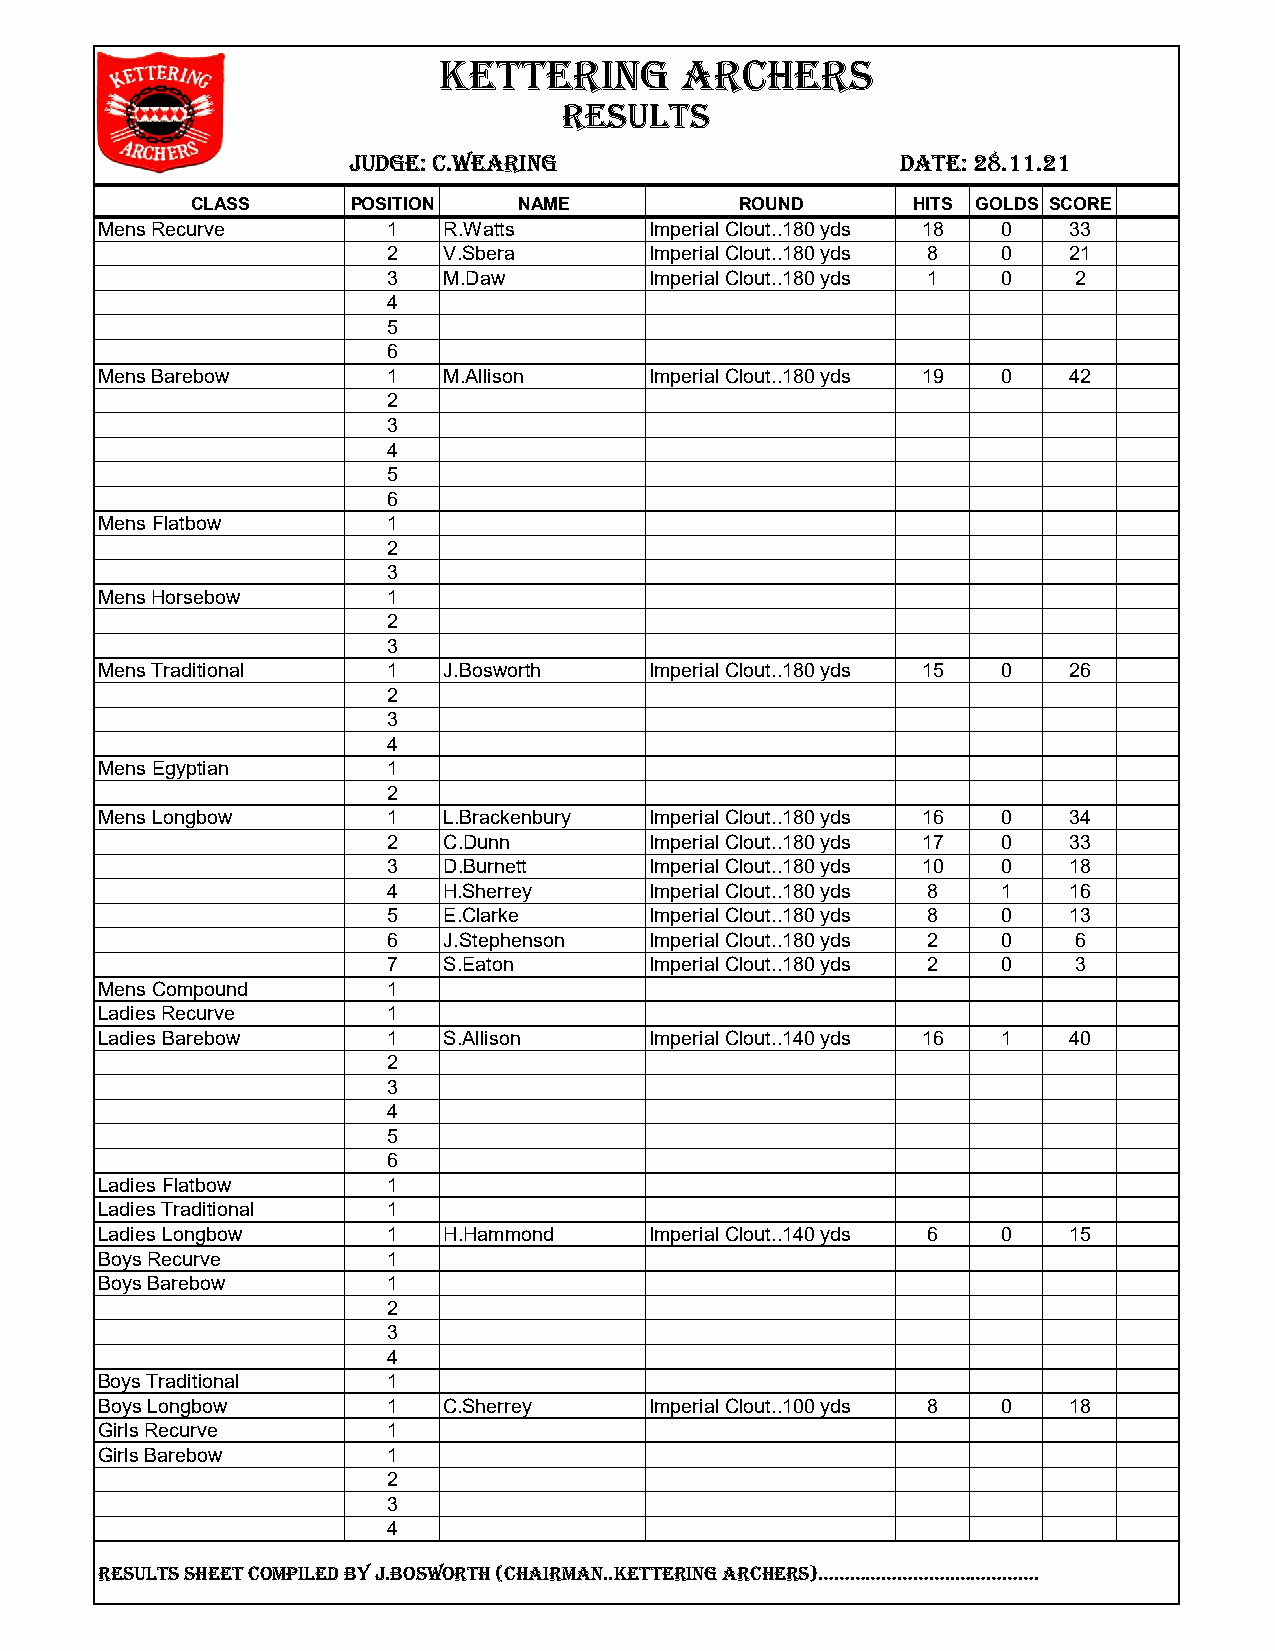
KETTERING       ARCHERS
 RESULTS
 JUDGE: C.WEARING                     DATE: 28.11.21
 CLASS     POSITION   NAME           ROUND      HITS GOLDS SCORE
 Mens Recurve        1  R.Watts       Imperial Clout..180 yds 18 0 33
 2  V.Sbera       Imperial Clout..180 yds 8 0 21
 3  M.Daw         Imperial Clout..180 yds 1 0 2
 4
 5
 6
 Mens Barebow        1  M.Allison     Imperial Clout..180 yds 19 0 42
 2
 3
 4
 5
 6
 Mens Flatbow        1
 2
 3
 Mens Horsebow       1
 2
 3
 Mens Traditional    1  J.Bosworth    Imperial Clout..180 yds 15 0 26
 2
 3
 4
 Mens Egyptian       1
 2
 Mens Longbow        1  L.Brackenbury Imperial Clout..180 yds 16 0 34
 2  C.Dunn        Imperial Clout..180 yds 17 0 33
 3  D.Burnett     Imperial Clout..180 yds 10 0 18
 4  H.Sherrey     Imperial Clout..180 yds 8 1 16
 5  E.Clarke      Imperial Clout..180 yds 8 0 13
 6  J.Stephenson  Imperial Clout..180 yds 2 0 6
 7  S.Eaton       Imperial Clout..180 yds 2 0 3
 Mens Compound       1
 Ladies Recurve      1
 Ladies Barebow      1  S.Allison     Imperial Clout..140 yds 16 1 40
 2
 3
 4
 5
 6
 Ladies Flatbow      1
 Ladies Traditional  1
 Ladies Longbow      1  H.Hammond     Imperial Clout..140 yds 6 0 15
 Boys Recurve        1
 Boys Barebow        1
 2
 3
 4
 Boys Traditional    1
 Boys Longbow        1  C.Sherrey     Imperial Clout..100 yds 8 0 18
 Girls Recurve       1
 Girls Barebow       1
 2
 3
 4
 RESULTS SHEET COMPILED BY J.BOSWORTH (CHAIRMAN..KETTERING ARCHERS)……………………..…………….